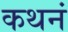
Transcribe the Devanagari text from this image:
कथनं